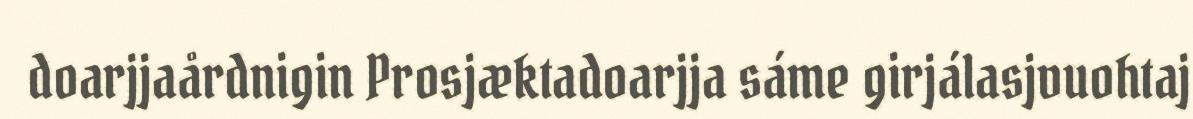
doarjjaårdnigin Prosjæktadoarjja sáme girjálasjvuohtaj